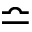
\bumpeq